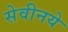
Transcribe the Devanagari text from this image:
सेवीनये